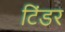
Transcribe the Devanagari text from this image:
टिंडर